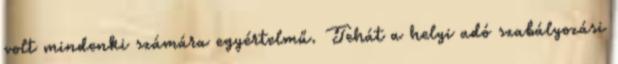
volt mindenki számára egyértelmű. Tehát a helyi adó szabályozási